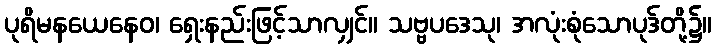
ပုရိမနယေနေဝ၊ ရှေးနည်းဖြင့်သာလျှင်။ သဗ္ဗပဒေသု၊ အလုံးစုံသောပုဒ်တို့၌။